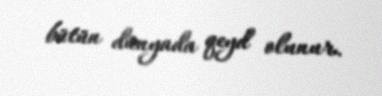
bütün dünyada qeyd olunur.